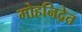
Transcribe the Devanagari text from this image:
मोहनिद्रेत